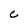
Character: C